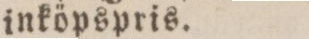
inköpspris.